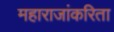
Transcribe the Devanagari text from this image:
महाराजांकरिता